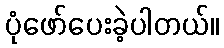
ပုံဖော်ပေးခဲ့ပါတယ်။